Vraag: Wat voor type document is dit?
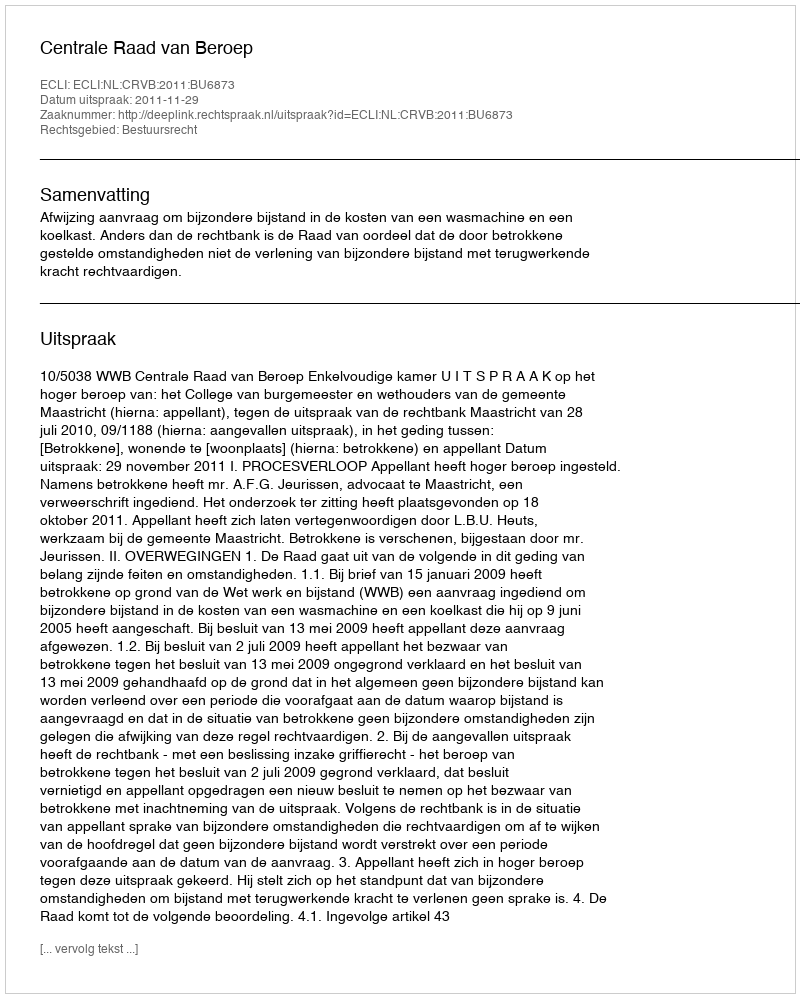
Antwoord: Uitspraak